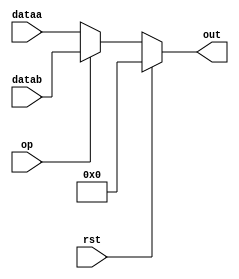
`timescale 1ns / 1ps
//////////////////////////////////////////////////////////////////////////////////
// Company: 
// Engineer: 
// 
// Design Name: 
// Module Name: mux
// Project Name: 
// Target Devices: 
// Tool Versions: 
// Description: 
// 
// Dependencies: 
// 
// Revision:
// Revision 0.01 - File Created
// Additional Comments:
// 
//////////////////////////////////////////////////////////////////////////////////


module mux(
    input [31:0]dataa,
    input [31:0]datab,
    output reg[31:0] out,
    input op,
    input rst
    );
     always @(*)begin
        if (rst)
            out<=0;
        else begin 
            if(!op)
                out = dataa;
            else
                out = datab;      
        end
      end
endmodule